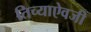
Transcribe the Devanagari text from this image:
तिच्याऐवजी